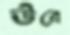
উরে